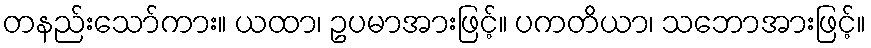
တနည်းသော်ကား။ ယထာ၊ ဥပမာအားဖြင့်။ ပကတိယာ၊ သဘောအားဖြင့်။